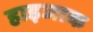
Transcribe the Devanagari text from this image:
हाइजाक